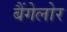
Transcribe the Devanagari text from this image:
बैंगेलोर